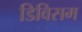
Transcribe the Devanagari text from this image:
डिविसम